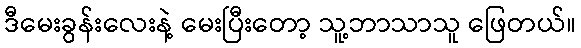
ဒီမေးခွန်းလေးနဲ့ မေးပြီးတော့ သူ့ဘာသာသူ ဖြေတယ်။